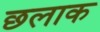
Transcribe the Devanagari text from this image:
छलाक